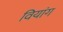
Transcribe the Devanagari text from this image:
वियांग